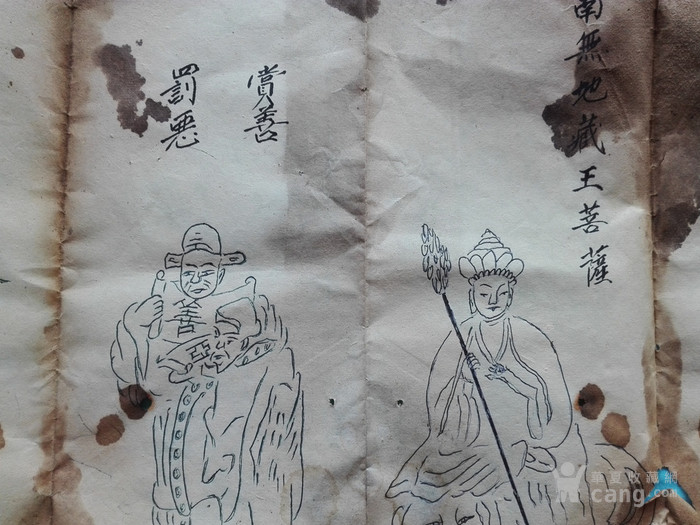
废一善，则众善衰。赏一恶，则众恶归。